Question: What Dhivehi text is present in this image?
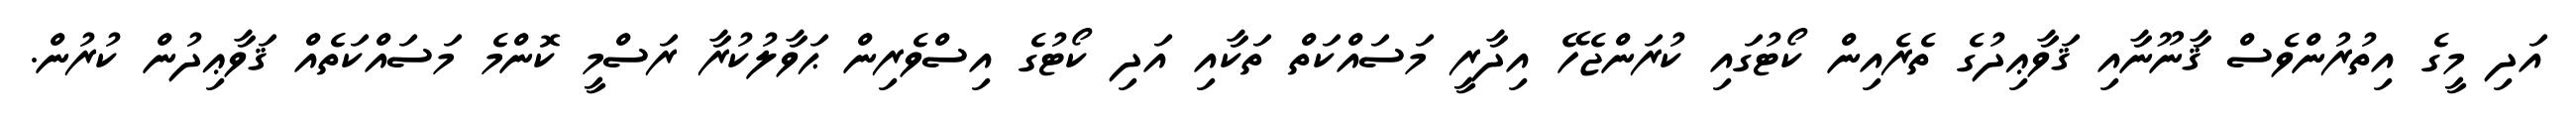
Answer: އަދި މީގެ އިތުރުންވެސް ޤާނޫނާއި ޤަވާޢިދުގެ ތެރެއިން ކޯޓުގައި ކުރަންޖެހޭ އިދާރީ މަސައްކަތް ތަކާއި އަދި ކޯޓުގެ އިސްވެރިން ޙަވާލުކުރާ ރަސްމީ ކޮންމެ މަސައްކަތެއް ޤަވާޢިދުން ކުރުން.